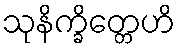
သုနိက္ခိတ္တေဟိ